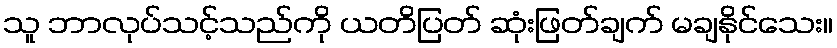
သူ ဘာလုပ်သင့်သည်ကို ယတိပြတ် ဆုံးဖြတ်ချက် မချနိုင်သေး။